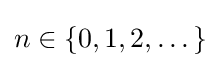
n\in \{0,1,2,\dots \}